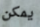
يمكن